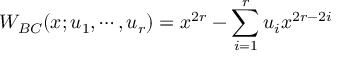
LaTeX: W _ { B C } ( x ; u _ { 1 } , \cdots , u _ { r } ) = x ^ { 2 r } - \sum _ { i = 1 } ^ { r } u _ { i } x ^ { 2 r - 2 i }